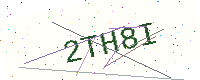
Text: 2TH8I